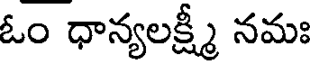
ఓం ధాన్యలక్ష్మీ నమః